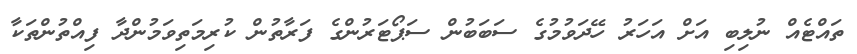
ތައްޓެއް ނުލިބި އަށް އަހަރު ހޭދަވުމުގެ ސަބަބުން ސަޕޯޓަރުންގެ ފަރާތުން ކުރިމަތިވަމުންދާ ފިއްތުންތަކާ